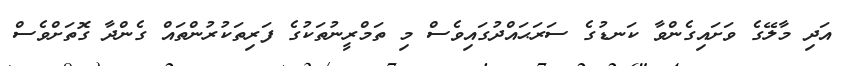
އަދި މާލޭގެ ވަށައިގެންވާ ކަނޑުގެ ސަރަޙައްދުގައިވެސް މި ތަމްރީނުތަކުގެ ފަރިތަކުރުންތައް ގެންދާ ގޮތަށްވެސް